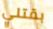
بقتلي